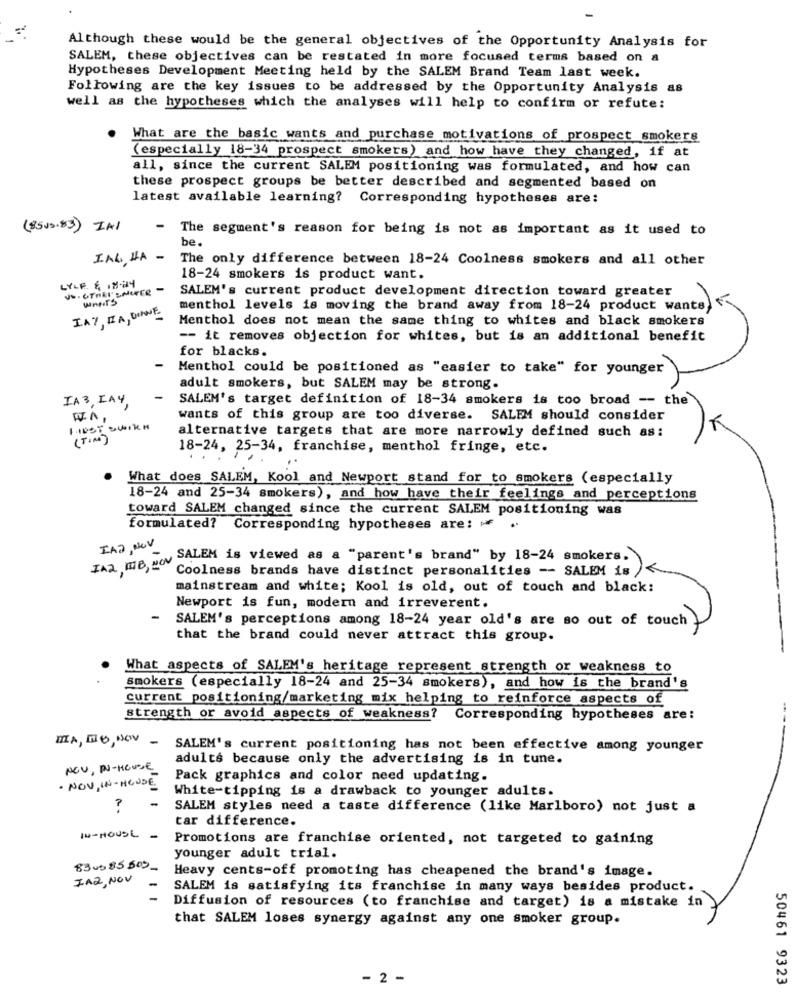
Although these would be the general objectives of the Opportunity Analysis for
SALEM, these objectives can be restated in more focused terms based on a
Hypotheses Development Meeting held by the SALEM Brand Team last week.
Following are the key issues to be addressed by the Opportunity Analysis as
well as the hypotheses which the analyses will help to confirm or refute:
What are the basic wants and purchase motivations of prospect smokers
(especially 18-34 prospect smokers) and how have they changed, if at
all, since the current SALEM positioning was formulated, and how can
these prospect groups be better described and segmented based on
latest available learning? Corresponding hypotheses are:
(8505.83) IAL
-
The segment's reason for being is not as important as it used to
be.
IAL HA -
The only difference between 18-24 Coolness smokers and all other
18-24 smokers is product want.
LYLF & 18-24
SALEM's current product development direction toward greater
menthol levels is moving the brand away from 18-24 product wants,
IA7, IL A, DIANE.
Menthol does not mean the same thing to whites and black smokers
-- it removes objection for whites, but is an additional benefit
for blacks.
-
Menthol could be positioned as "easier to take" for younger
adult smokers, but SALEM may be strong.
IA 3, IAY
SALEM's target definition of 18-34 smokers is too broad -- the
wants of this group are too diverse. SALEM should consider
FIRST work
alternative targets that are more narrowly defined such as:
(TIM)
18-24, 25-34, franchise, menthol fringe, etc.
What does SALEM, Kool and Newport stand for to smokers (especially
18-24 and 25-34 smokers), and how have their feelings and perceptions
toward SALEM changed since the current SALEM positioning was
formulated? Corresponding hypotheses are: Mf
IAD, NOV
"SALEM is viewed as a "parent's brand" by 18-24 smokers.
IA2, MB," Coolness brands have distinct personalities - SALEM is
mainstream and white; Kool is old, out of touch and black:
Newport is fun, modern and irreverent.
- SALEM's perceptions among 18-24 year old's are so out of touch )
that the brand could never attract this group.
What aspects of SALEM's heritage represent strength or weakness to
smokers (especially 18-24 and 25-34 smokers), and how is the brand's
current positioning/marketing mix helping to reinforce aspects of
strength or avoid aspects of weakness?
Corresponding hypotheses are:
MIA, DO, NOV -
SALEM's current positioning has not been effective among younger
adults because only the advertising is in tune.
NOV, PU-HOUSE_
Pack graphics and color need updating.
. NOV, IN-HOUSE
White-tipping is a drawback to younger adults.
? -
SALEM styles need a taste difference (like Marlboro) not just a
tar difference.
IN-HOUSE -
Promotions are franchise oriented, not targeted to gaining
younger adult trial.
830385509-
Heavy cents-off promoting has cheapened the brand's image.
ZA2, NOV
SALEM is satisfying its franchise in many ways besides product.
-
Diffusion of resources (to franchise and target) is a mistake in )
that SALEM loses synergy against any one smoker group.
- 2 -
50461 9323